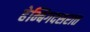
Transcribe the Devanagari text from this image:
हेम्बिगदसरात